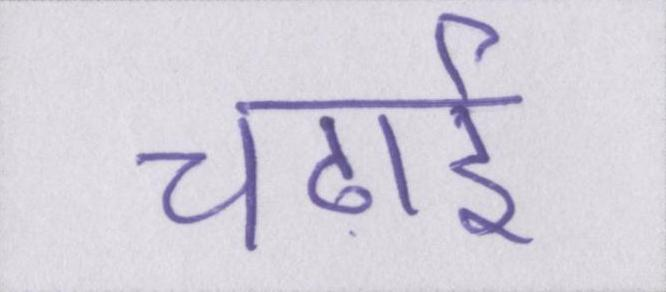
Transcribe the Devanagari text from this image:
चढाई